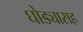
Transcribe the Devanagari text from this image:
घोड्यासह